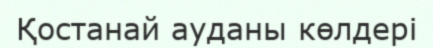
Қостанай ауданы көлдері